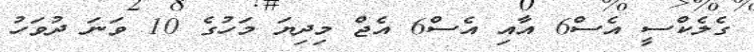
ގެލެކްސީ އެސް6 އާއި އެސް6 އެޖް މިދިޔަ މަހުގެ 10 ވަނަ ދުވަހު